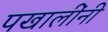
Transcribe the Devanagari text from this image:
पखालींनी